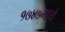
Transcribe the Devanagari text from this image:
१७४७मध्ये